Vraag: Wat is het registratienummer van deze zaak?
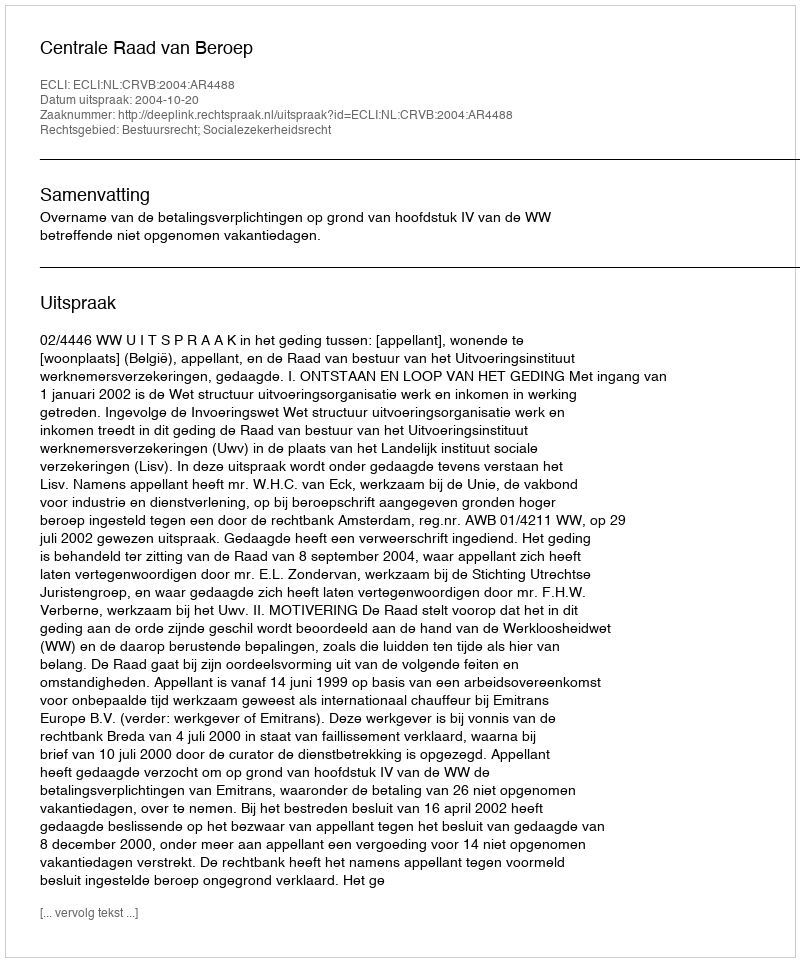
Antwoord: http://deeplink.rechtspraak.nl/uitspraak?id=ECLI:NL:CRVB:2004:AR4488